Distribution and causation of leprosy in British India
Year: 1875
Disease focus: Leprosy
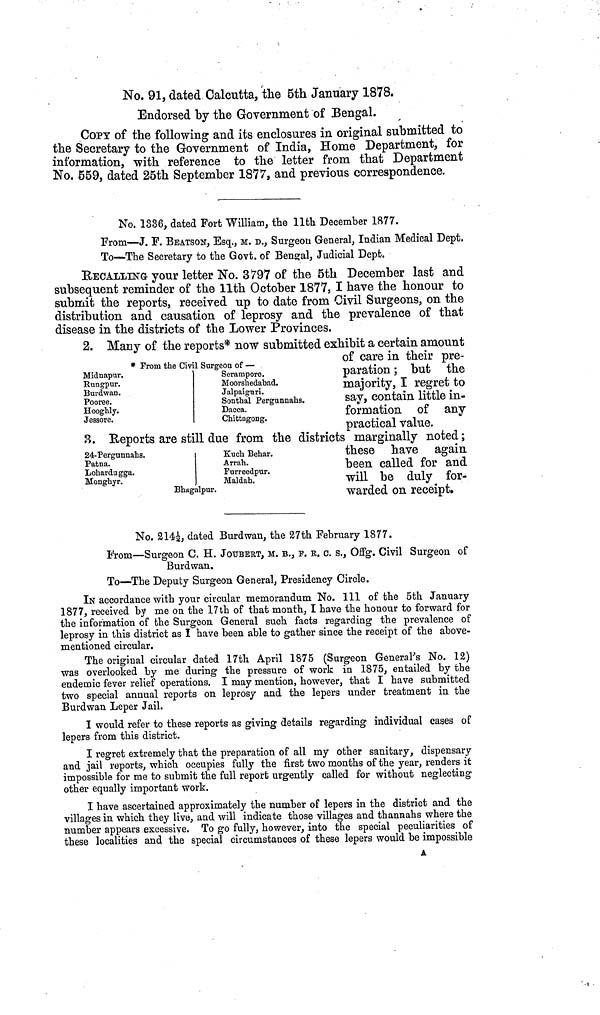
NO. 91, dated Calcutta, the 6th January 1878.
Endorsed by the Government of Bengal.
COPT of the following and its enclosures in original submitted to
the Secretary to the Government of India, Home Department, for
information, with reference to the letter from that Department
No. 659, dated 25th September 1877, and previous correspondence.
No. 1336, dated Fort William, the llth December 1877.
From—J. F. BEATSON, Esq., M. D., Surgeou General, Indian Medical Dept.
To—The Secretary to the Govt. of Bengal, Judicial Dept.
RECALLING your letter No. 3797 of the 5th December last and
subsequent reminder of the llth October 1877, I have the honour to
submit the reports, received up to date from Civil Surgeons, on the
distribution and causation of leprosy and the prevalence of that
disease in the districts of the Lower Provinces.
* Prom the Civil Surgeon of —
Midnapur.
Eungpur.
Burdwan.
Pooree.
Hooghly.
Jessore.
Serampore.
Moorshedabad.
Jalpaiguri.
Sontbal Pergunnahs.
Dacca.
Cbittagong.
2. Many of the reports* now submitted exhibit a certain amount
oi care in tneir pre-
paration ; but the
majority, I regret to
say, contain little in-
formation of any
practical value.
24-Pergunnahs.
Patna.
Lohardugga.
Mongbyr.
Bhagalpur.
Kucb Behar.
Arrab.
Furreedpur.
Maldah.
8. Beports are still due from the districts marginallv noted :
these have again
been called for and
will be duly for-
warded on receipt.
No. ai4e, dated Burdwan, the 27th February 1877.
From.—Surgeon C. H. JOUBERT, M. B., F. κ. ο. s., OfFg. Civil Surgeon of
Burdwan.
To—The Deputy Surgeon General, Presidency Circle.
IN accordance with your circular memorandum No. Ill of the 5th January
1877, received by me on the 17th of that month, I have the honour to forward for
the information of the Surgeon General such facts regarding the prevalence of
leprosy in this district as I have been able to gather since the receipt of the above-
mentioned circular.
The original circular dated 17th April 1875 (Surgeon General's No. 12)
was overlooked by me during the pressure of work in 1875, entailed by the
endemic fever relief operations. I may mention, however, that I have submitted
two special annual reports on leprosy and the lepers under treatment in the
Burdwan Leper Jail.
I would refer to these reports as giving details regarding individual cases of
lepers from this district.
I regret extremely that the preparation of all my other sanitary, dispensary
and jail reports, which occupies fully the first two months of the year, renders it
impossible for me to submit the full report urgently called for without neglecting
other equally important work.
I have ascertained approximately the number of lepers in the district and the
villages in which they live, and will indicate those villages and thannahs where the
number appears excessive. To go fully, however, into the special peculiarities of
these localities and the special circumstances of these lepers would be impossible
A